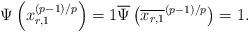
LaTeX: \begin{align*}\Psi\left(x_{r,1}^{(p-1)/p}\right)=1 \overline{\Psi}\left(\overline{x_{r,1}}^{(p-1)/p}\right)=1.\end{align*}